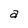
Character: a